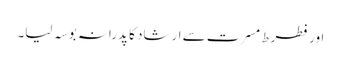
اور فطرطِ مسرت سے ارشاد کا پدرانہ بوسہ لیا۔